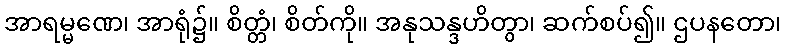
အာရမ္မဏေ၊ အာရုံ၌။ စိတ္တံ၊ စိတ်ကို။ အနုသန္ဒဟိတွာ၊ ဆက်စပ်၍။ ဌပနတော၊